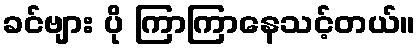
ခင်ဗျား ပို ကြာကြာနေသင့်တယ်။